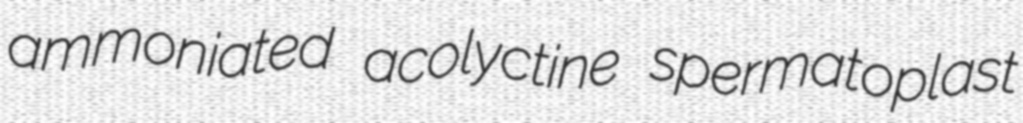
ammoniated acolyctine spermatoplast